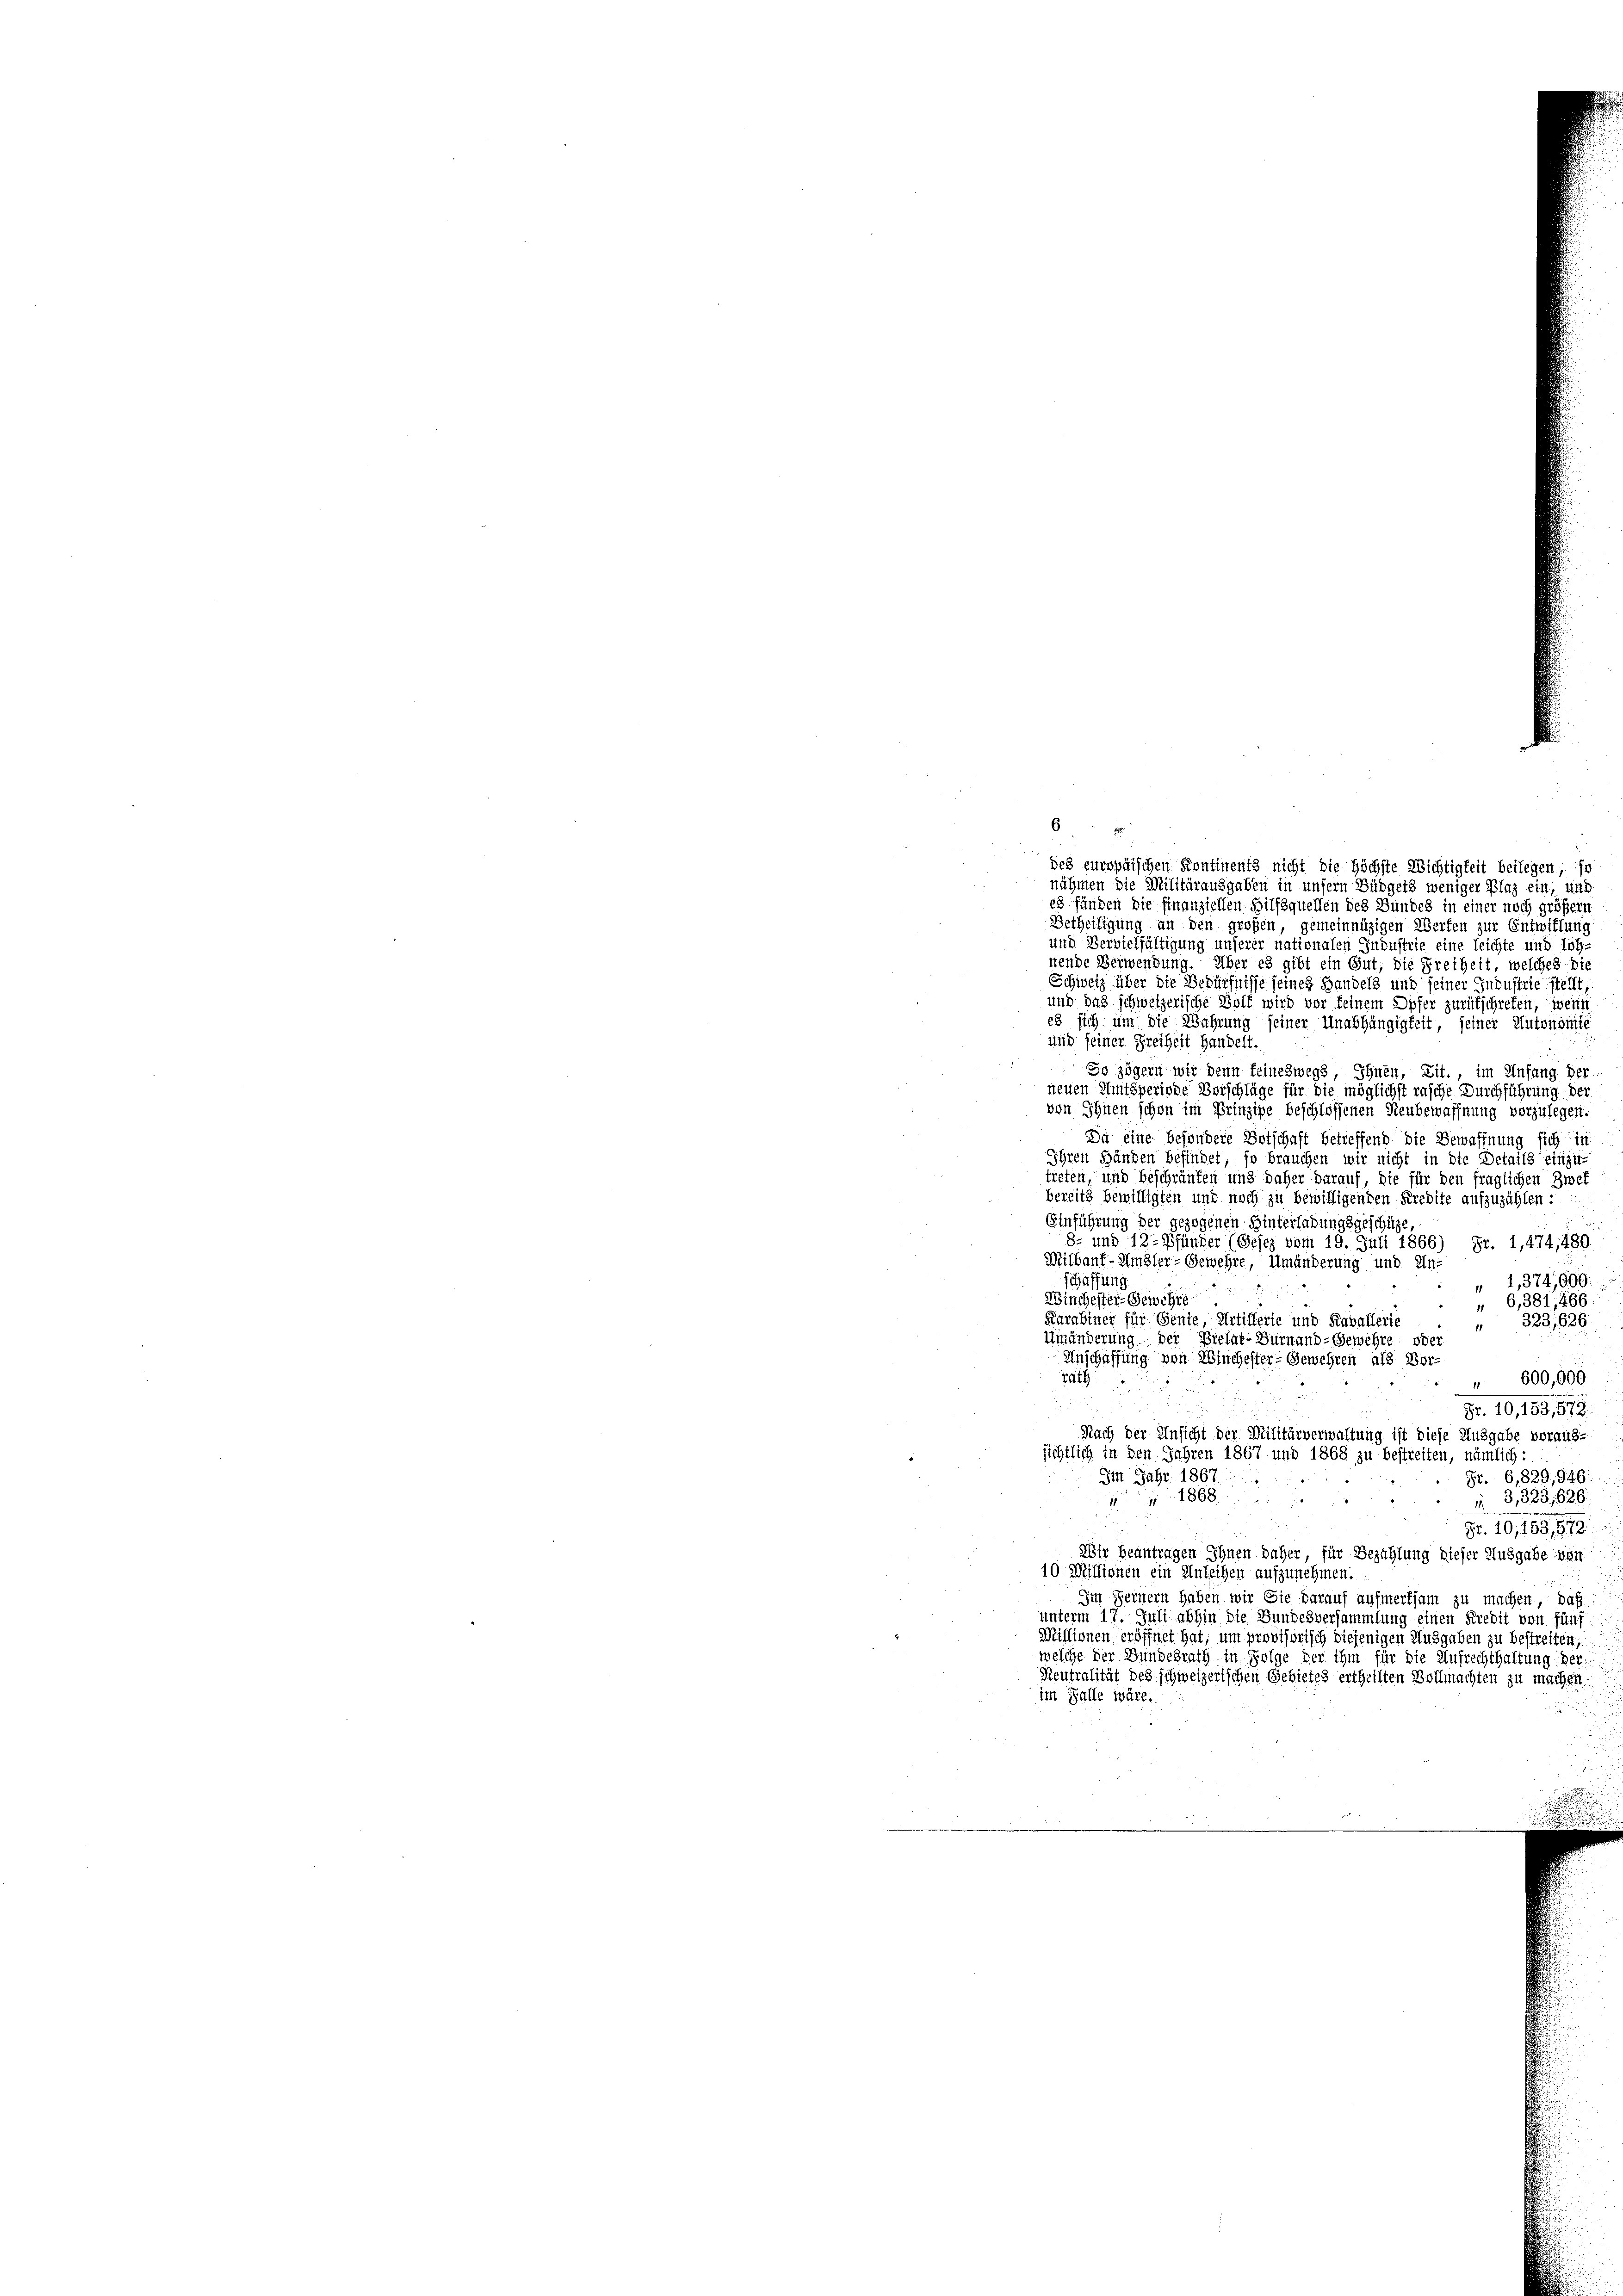
6
des europäischen Kontinents nicht die höchste Wichtigkeit beilegen, so
nähmen die Militärausgaben in unsern Büdgets weniger Plaz ein, und
es fänden die Finanziellen Hilfsquellen des Bundes in einer noch größern
Betheiligung an den großen, gemeinnüzigen Werfen zur Entwiflung
und Vervielfältigung unserer nationalen Industrie eine leichte und Loh-
nende Verwendung. Über es gibt ein Gut, die Freiheit, welches die
Schweiz über die Bedürfnisse seines Handels und seiner Industrie stellt,
und das schweizerische Wolf wird vor keinem Opfer zurükschrefen, wenn
es sich um die Wahrung seiner Unabhängigkeit seiner Autonomie
und seiner Freiheit Handelt.
So zögern wir denn feineswegs Ihnen, Lit., im Anfang der
neuen Amtsperiode Vorschläge für die möglichst rasche Durchführung der
von Ihnen schon im Prinzipe beschlossenen Neubewaffnung vorzulegen.
Da eine besondere Entschaft betreffend die Bewaffnung sich in
Ihren Händen befindet, so brauchen wir nicht in die Details einzu-
treten, und Beschränken und daher darauf, die für den fraglichen Zwek
bereits bewilligten und noch zu bewilligenden Kredite aufzuzählen:
Einführung der gezogenen Hinterlaßungsgeschütze
8- und 12 Pfunder (Gesez vom 19. Juli 1866) Fr. 1,474,480.
Mithauf-Umbler-Gewehre, Umänderung und In-
schaffung.
„ 1,374,800
Winchester-Gewehre
 6,381, 466
Karabiner für Genie, Artillerie und Kavallerie
 323,626.
Umänderung der Pielat-Bürnand-Gewehre oder
Anschaffung von Winchester- Gewehren als Vor-
rath
 600,600
Fr. 10,153, 572.
Nach der Ansicht der Militärverwaltung ist diese Ausgabe voraus-
sichtlich in den Jahren 1867 und 1868 zu bestreiten, nämlich:
Im Jahr 1867.
Fr. 6,829, 946.
1868
 3,323,626.
Fr. 10,153,872
Wir beantragen Ihnen daher für Bezahlung dieser Ausgabe von
10. Missionen ein Anleihen aufzunehmen.
Im Fernern haben wir Sie darauf aufmerksam zu machen, daß
unterm 17. Juli abhin die Bundesversammlung einen Kredit von fünf
Missionen eröffnet hat, um provisorisch diejenigen Ausgaben zu bestreiten,
welche der Bundesrath in Folge der ihm für die Aufrechthaltung der¬
Neutralität des schweizerischen Gebietes ertheilten Vollmachten zu machen.
im Falle wäre.